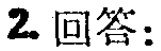
2. 回答：